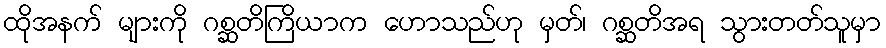
ထိုအနက် များကို ဂစ္ဆတိကြိယာက ဟောသည်ဟု မှတ်၊ ဂစ္ဆတိအရ သွားတတ်သူမှာ